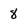
Character: 8